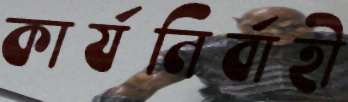
কার্যনির্বাহী